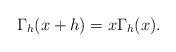
LaTeX: \begin{align*} \Gamma_h(x+h)= x \Gamma_h(x).\end{align*}